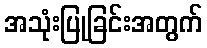
အသုံးပြုခြင်းအတွက်